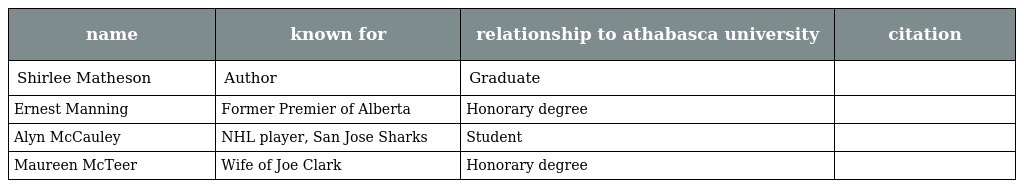
| name | known for | relationship to athabasca university | citation |
 | --- | --- | --- | --- |
 | Shirlee Matheson | Author | Graduate |  |
 | Ernest Manning | Former Premier of Alberta | Honorary degree |  |
 | Alyn McCauley | NHL player, San Jose Sharks | Student |  |
 | Maureen McTeer | Wife of Joe Clark | Honorary degree |  |